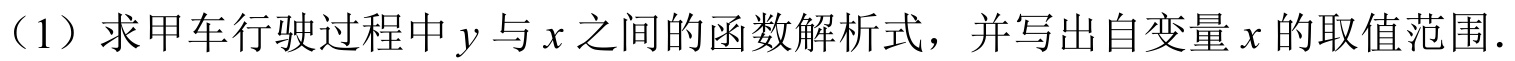
（1）求甲车行驶过程中 \(y\) 与 \(x\) 之间的函数解析式，并写出自变量 \(x\) 的取值范围.